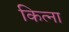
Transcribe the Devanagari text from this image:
कित्ना